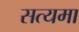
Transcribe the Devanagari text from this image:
सत्यमा